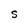
Character: S